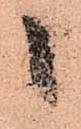
候